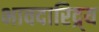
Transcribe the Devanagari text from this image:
भावदारिद्र्य